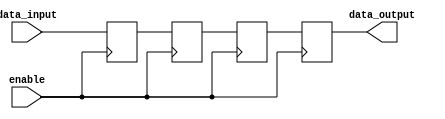
module gated_latch (
    input wire data_input,
    input wire enable,
    output reg data_output
);

// Define multiple flip-flops connected in series
reg ff1, ff2, ff3;

// When the enable signal is high, pass data through the latch
always @ (posedge enable) begin
    ff1 <= data_input;
    ff2 <= ff1;
    ff3 <= ff2;
end

// When the enable signal is low, hold the last data value
always @ (negedge enable) begin
    data_output <= ff3;
end

endmodule